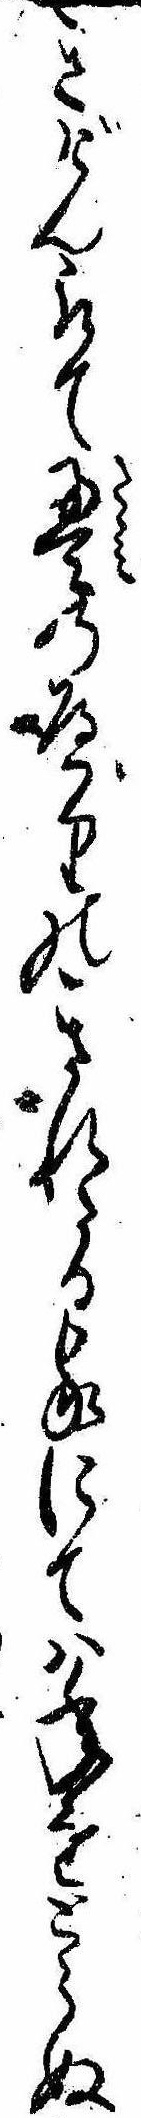
きげん取て畳のへりのきれたる家にては年をとらぬ